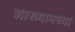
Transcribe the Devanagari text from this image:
आख्यानच्या